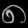
Digit: ၈